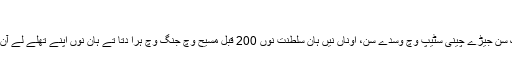
ریشم دا بینر
زینوگلو لوک اک خانہ بدوش لوک سن جیڑے چینی سٹیپ وچ وسدے سن، اوناں نیں ہان سلطنت نوں 200 قبل مسیح وچ جنگ وچ ہرا دتا تے ہان نوں اپنے تھلے لے آن دے بعد وی ایناں نوں لٹدے رۓ۔